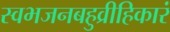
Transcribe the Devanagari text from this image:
स्वभजनबहुव्रीहिकारं